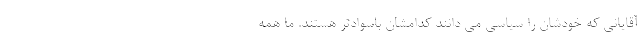
آقایانی که خودشان را سیاسی می دانند کدامشان باسوادتر هستند. ما همه